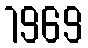
1969